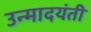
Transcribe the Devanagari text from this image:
उन्मादयंती